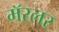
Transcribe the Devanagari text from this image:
मॅरलर